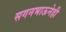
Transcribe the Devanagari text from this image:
सगनभाऊनेही